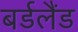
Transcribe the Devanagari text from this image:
बर्डलैंड